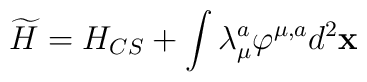
\widetilde{H}=H_{CS}+\int \lambda _\mu ^a\varphi ^{\mu ,a}d^2{\bf x}